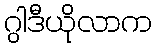
ဂွါဒီယိုလာက